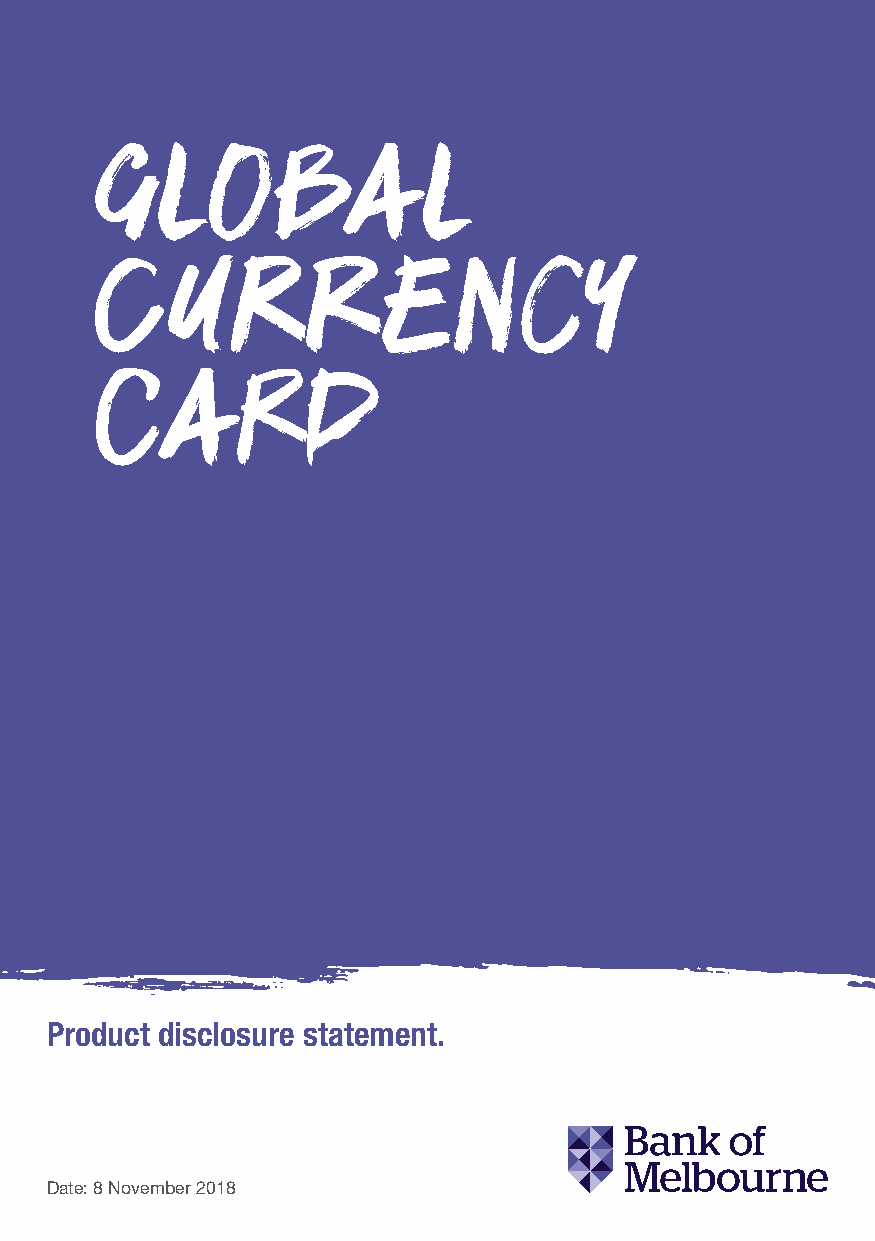
G   l   oba           l
 C    UR       R    E    NCY
 Ca        r   d
 Product disclosure statement.
 Date: 8 November 2018